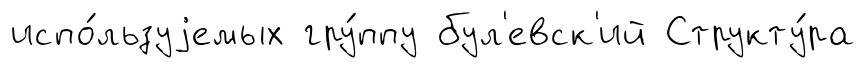
испо́льзуjемых гру́ппу бул'евск'ий Структу́ра